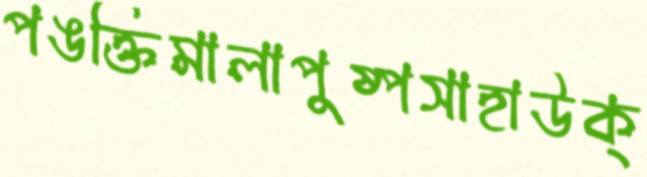
পঙক্তিমালাপুষ্পসাহাউক্